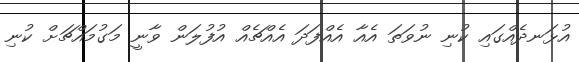
އުޅަނދެއްގައި ކުނި ނުވަތަ އެއާ އެއްފަދަ އެއްޗެއް އުފުލަން ވާނީ މަގުމައްޗަށް ކުނި